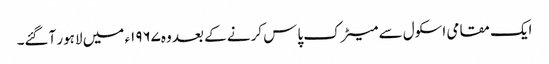
ایک مقامی اسکول سے میٹرک پاس کرنے کے بعد وہ۱۹۶۷ء میں لاہور آگئے۔